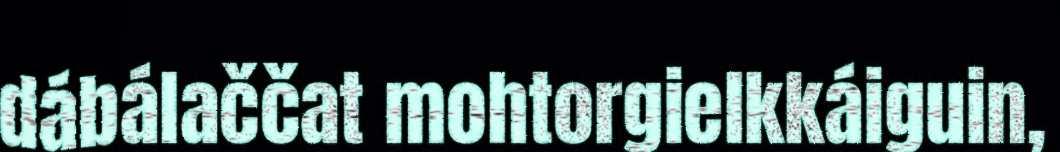
dábálaččat mohtorgielkkáiguin,